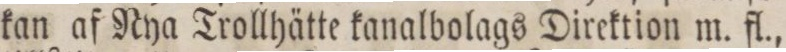
kan af Rya Trollhätte kanalbolags Direktion m. fl.,